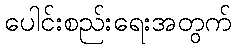
ပေါင်းစည်းရေးအတွက်